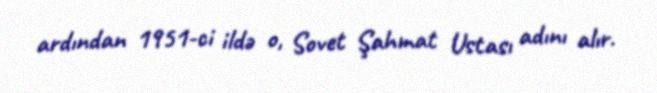
ardından 1951-ci ildə o, Sovet Şahmat Ustası adını alır.